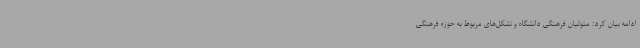
ادامه بیان کرد: متولیان فرهنگی دانشگاه و تشکل‌های مربوط به حوزه فرهنگی